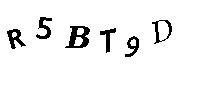
R5BT9D